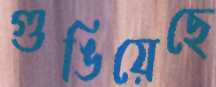
গুঙিয়েছে